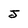
Character: J